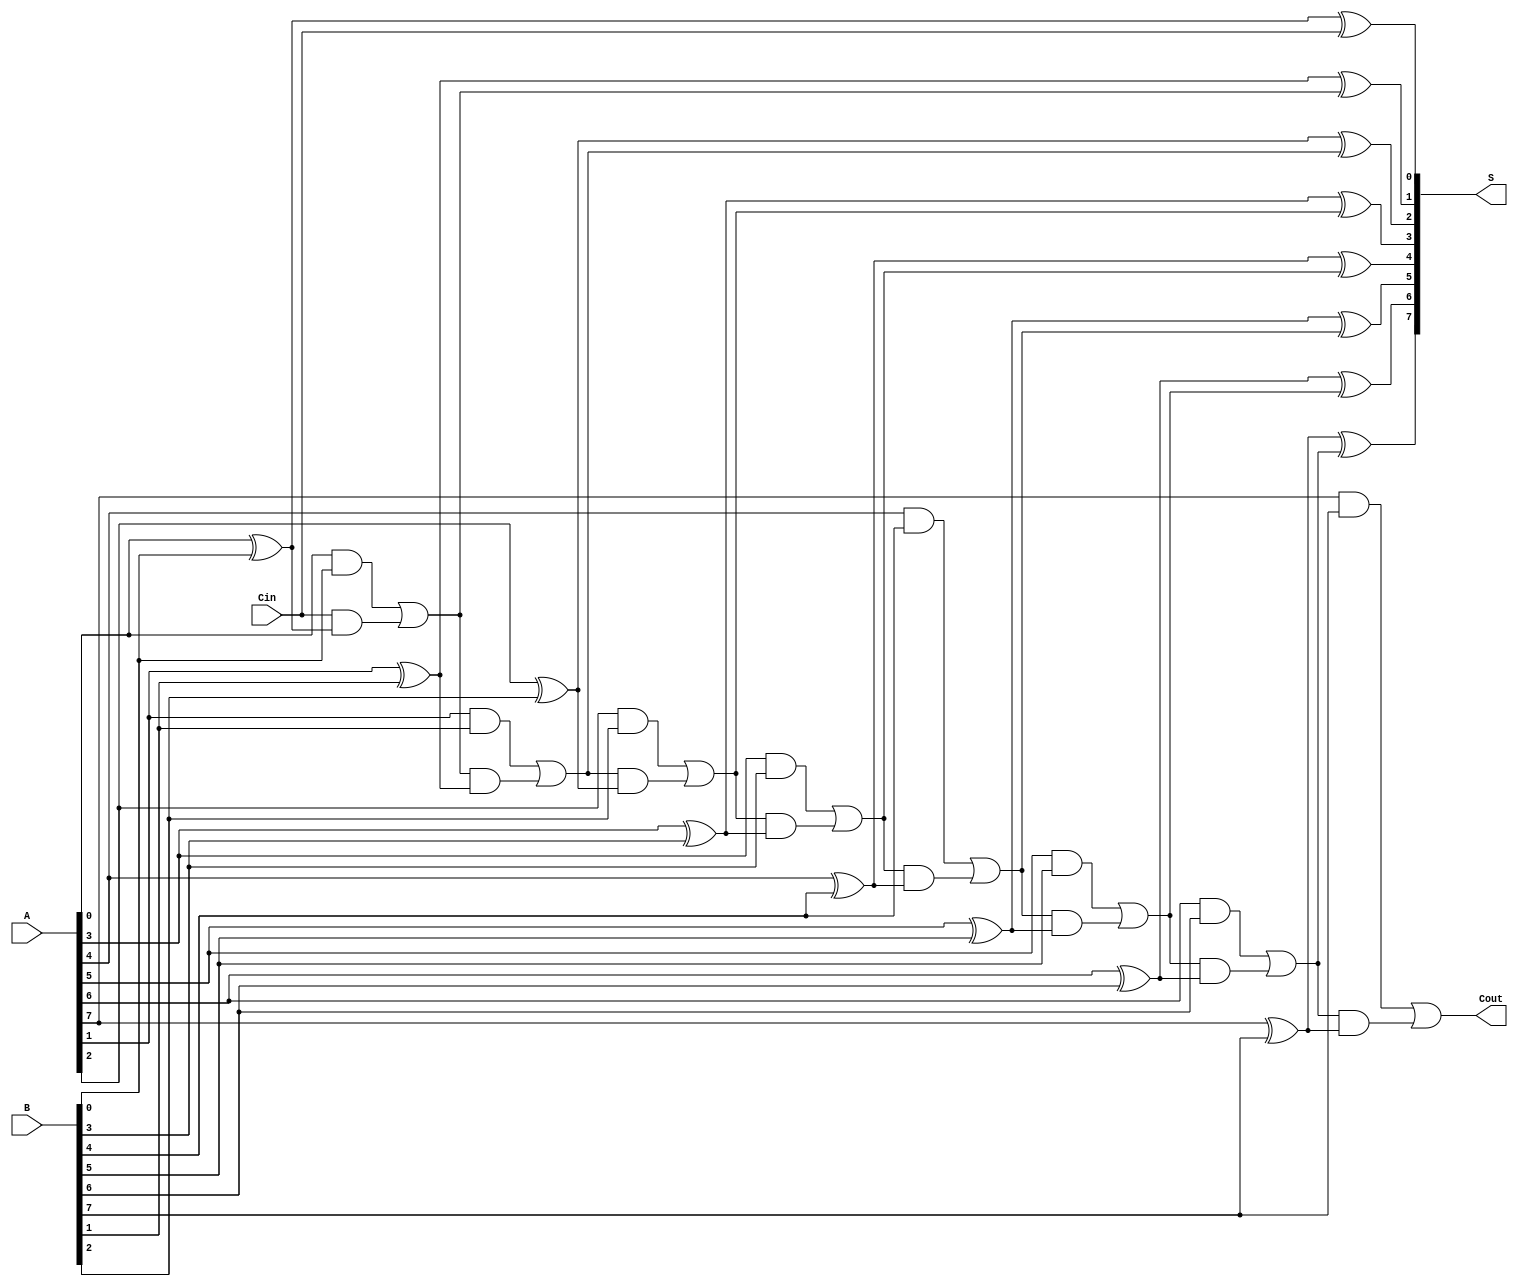
module PrecomputationCarryAdder #(parameter n = 8) (
    input  wire [n-1:0] A,      // First n-bit input
    input  wire [n-1:0] B,      // Second n-bit input
    input  wire Cin,             // Carry-in
    output wire [n-1:0] S,       // n-bit sum output
    output wire Cout             // Carry-out
);

    wire [n:0] C;               // Carry signals (C[0] is Cin, C[n] is Cout)
    
    // Generate carry signals
    assign C[0] = Cin;          // Initial carry-in

    genvar i;
    generate
        for (i = 0; i < n; i = i + 1) begin : carry_generation
            assign C[i+1] = (A[i] & B[i]) | (C[i] & (A[i] ^ B[i]));
        end
    endgenerate

    // Calculate sum
    generate
        for (i = 0; i < n; i = i + 1) begin : sum_calculation
            assign S[i] = A[i] ^ B[i] ^ C[i];
        end
    endgenerate

    // Final carry-out
    assign Cout = C[n];

endmodule